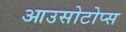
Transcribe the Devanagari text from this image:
आउसोटोप्स